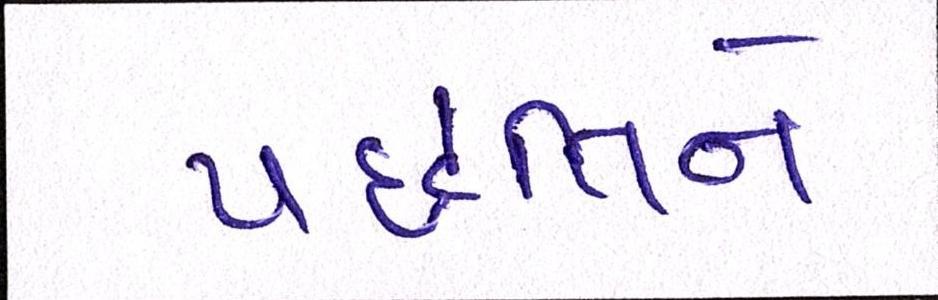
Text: પદ્ધતિને